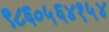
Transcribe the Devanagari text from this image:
९८६०५६४१५४